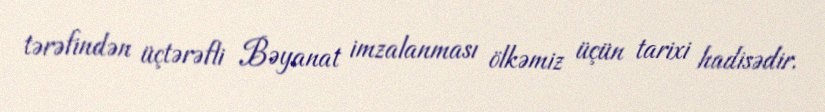
tərəfindən üçtərəfli Bəyanat imzalanması ölkəmiz üçün tarixi hadisədir.